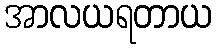
အာလယရတာယ